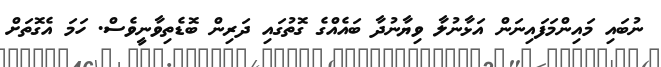
ނުބައި މައިންމަފައިނަން އަޅާނުލާ ވިޔާނުދާ ބައެއްގެ ގޮތުގައި ދަރިން ބޮޑެތިވާނީވެސް. ހަމަ އެގޮތަށް